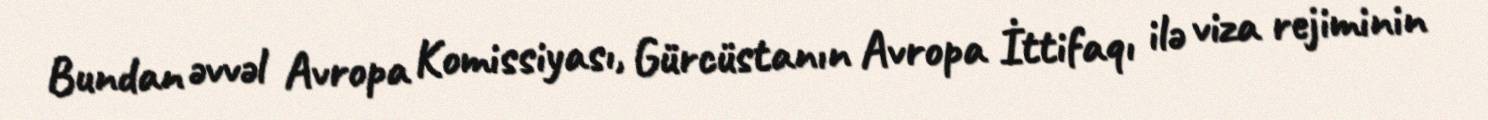
Bundan əvvəl Avropa Komissiyası, Gürcüstanın Avropa İttifaqı ilə viza rejiminin